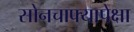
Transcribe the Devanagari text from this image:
सोनचाफ्यापेक्षा